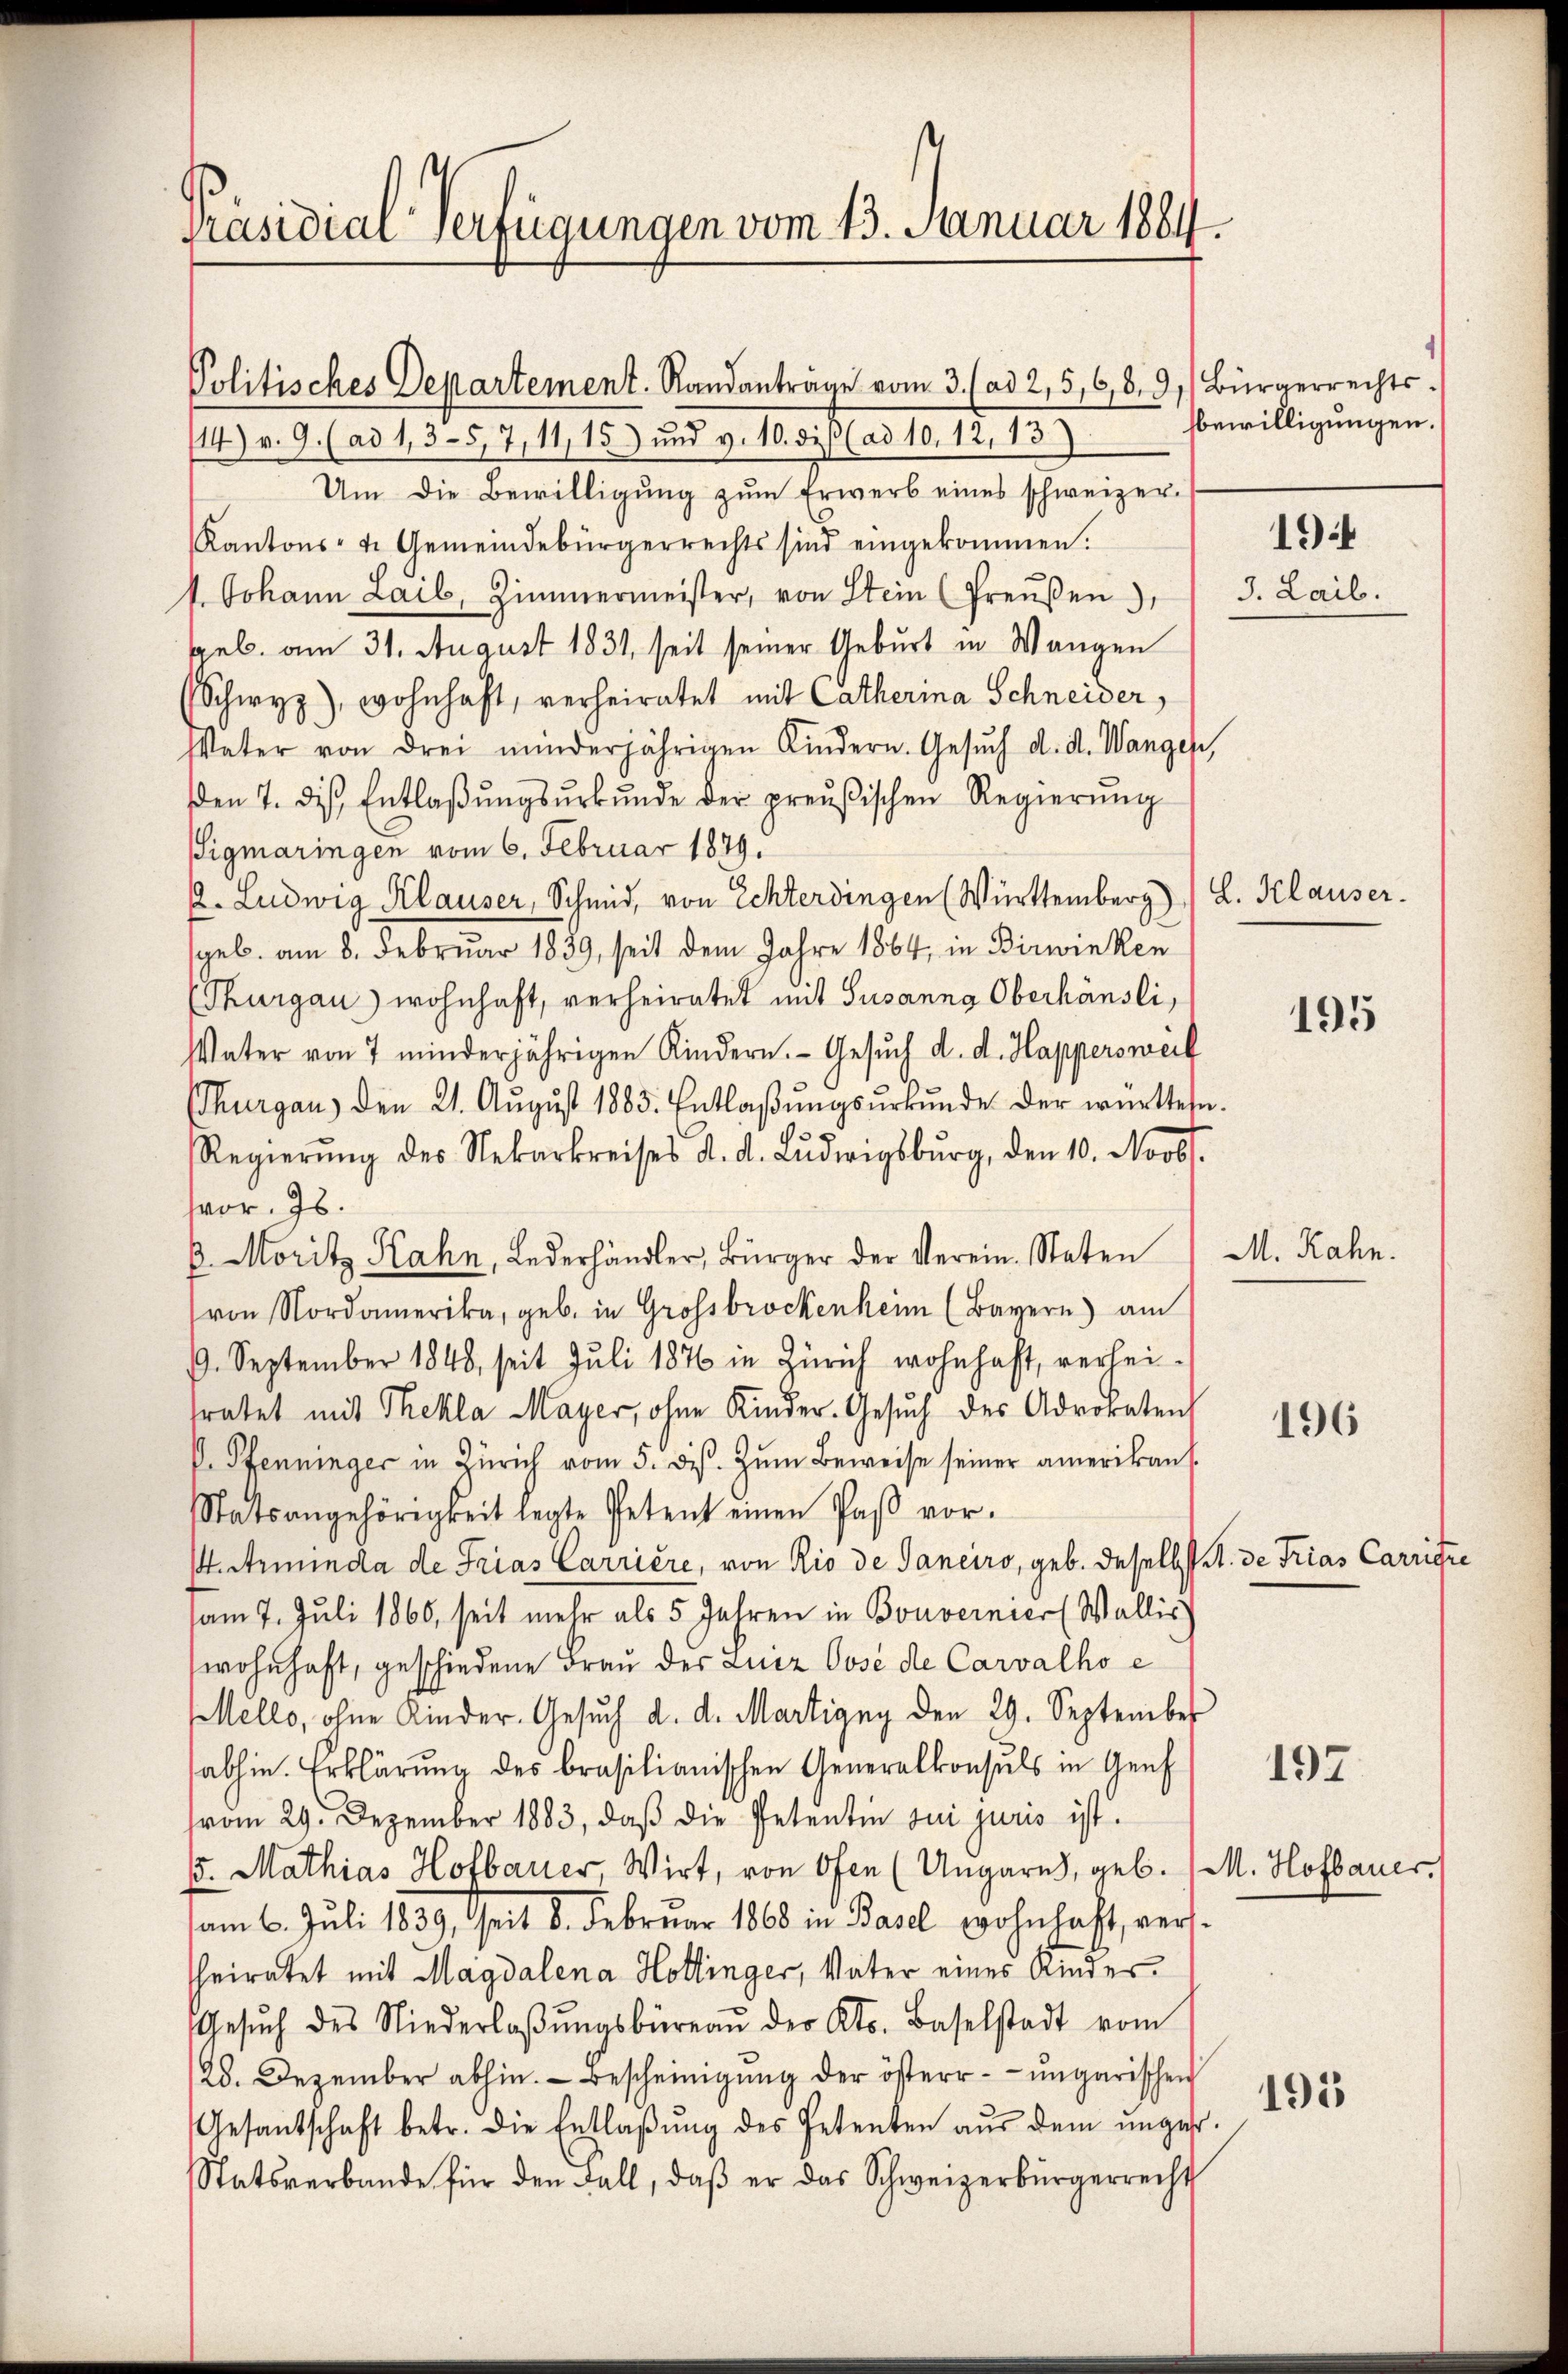
Präsidial-Verfügungen vom 13. Januar 1884.

14 v. 9. (ad 1,3-57, 14 15) und v. 10. bis ad 10. 12. 13
Um die Bewilligŭng zŭm Erwerb eines schweizer-
Kantons- u. Gemeindebürgerrechts sind eingekommen.
1. Johann Lail, Zimmermeister, von Stein (Preŭβen)
geb. am 31. August 1831, seit seiner Geburt in Wangen
Schwyz), wohnhaft, verheiratet mit Catherina Schneider,
Vater von drei minderjährigen Kindern. Gesŭch d. d. Wangen,
en 7. des Entlaβŭngsŭrkŭnde der preußischen Regierŭng
Sigmaringen vom 6. Februar 1879.
. Ludwig Klauser, Schmid, von Echterdingen (Württemberg) L. Klauser-
sgeb. am 8. Februar 1839, seit dem Jahre 1864, in Birwinken
(Thurgau) wohnhaft, verheiratet mit Susanna Oberhänsli,
Vater von 7 minderjährigen Kindern. Gesŭch d. d. Happersweil
(Thurgau den 21. Aŭgŭst 1883. Entlaβŭngsŭrkŭnde der württesn.
Regierŭng des Nekarkreises d. d. Ludwigsburg, den 10. Novbr.
wor. Js.
p. Moritz Hahn, Lederhändler, Bürger der Verein-Staten / M. Rahn.
von Nordamerika, geb. in Grossbrockenheim (Bayern) am
6. September 1848, seit Juli 1876 in Zürich wohnhaft, verhei-
fratet mit Thekla Mayer, ohne Kinder-Gesŭch des Advokaten,
V. Pfenninger in Zürich vom 5. ds. zŭm Beweise seiner amerikan
Statsangehörigkeit legte Petent einen Paβ vor.
.Arminda de Frias Carriere, von Rio de Sanciro, geb. daselbst A. de Trias Carriere
am 7. Juli 1860, seit mehr als 5 Jahren in Bouvernier (Wallis
wohnhaft, geschiedene Frau der Luiz Oosé de Carvalho e
Mello, ohne Kinder. Gesuch d. d. Martigny den 29. September
sabhin. Erklärung des brasilianischen Generalkonsuls in Genf
vom 29. Dezember 1883, daβ die Petentin sui juris ist.
u. Mathias Hofbauer, Wirt, von Ofen (Ungarns, geb. 1 M. Hofbauer.
am 6. Juli 1839, Zeit 8. Februar 1868 in Basel wohnhaft, versheiratet mit Magdalena Hollinger, Vater eines Kinder¬
Gesŭch des Niederlaβŭngsbüreaŭ der Kts. Baselstadt vom
/28. Dezember abhin. Bescheinigung der öster- ungarischen
Gesandschaft betr. die Entlaβŭng des Petenten aŭs dem ŭnges.
Statsverbande für den Fall, daβ er das Schweizerbürgerrecht

Politisches Departement. Randanträge vom 3. (ad 2, 5, 6, 8. 91 Bürgerrechts.

bewilligungen.

J. Laib.

194

195

196

197

195